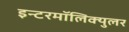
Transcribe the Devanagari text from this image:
इन्टरमॉलिक्युलर